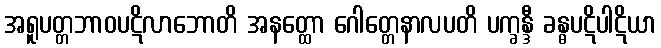
အရူပတ္တဘာဝပဋိလာဘောတိ အနတ္ထော ဂေါတ္တေနာလပတိ ပက္ခန္ဒီ ခန္ဓပဋိပါဋိယာ